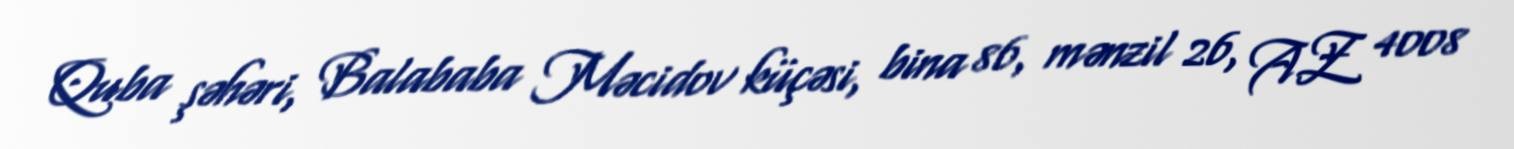
Quba şəhəri, Balababa Məcidov küçəsi, bina 86, mənzil 26, AZ 4008